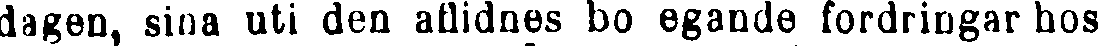
dagen, sina uti den aflidnes bo egande fordringar hos